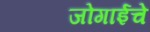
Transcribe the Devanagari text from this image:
जोगाईचे